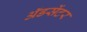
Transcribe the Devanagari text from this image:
ॲडसेंटर